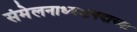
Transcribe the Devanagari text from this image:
संमेलनाध्यक्षपदाच्या